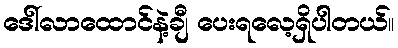
ဒေါ်လာထောင်နဲ့ချီ ပေးရလေ့ရှိပါတယ်။